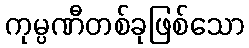
ကုမ္ပဏီတစ်ခုဖြစ်သော